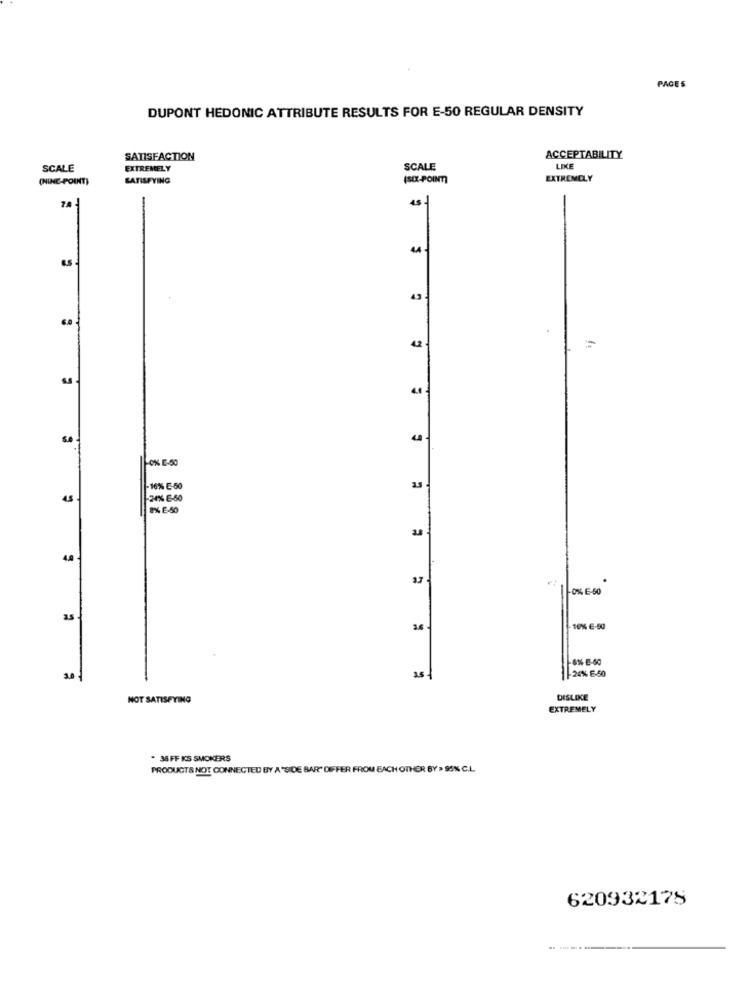
PAGES
DUPONT HEDONIC ATTRIBUTE RESULTS FOR E-50 REGULAR DENSITY
SATISFACTION
ACCEPTABILITY
SCALE
EXTREMELY
SCALE
LIKE
(NINE-POINT)
SATISFYING
(SIX-POINT]
EXTREMELY
7.A
44 .
43
42
-0% E-50
16% E-50
45
-24% E-50
8% E-50
48
3.3
-0% E-50
3.6
8% 2-40
3.0
2.51
-20% E-50
NOT SATISFYING
DISLIKE
EXTREMELY
. 38 FF KS SMOKERS
PRODUCTS NOT CONNECTED BY A 'SIDE BAR" DIFFER FROM EACH OTHER BY » 95% C.L.
620932175